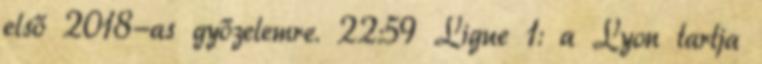
első 2018-as győzelemre. 22:59 Ligue 1: a Lyon tartja